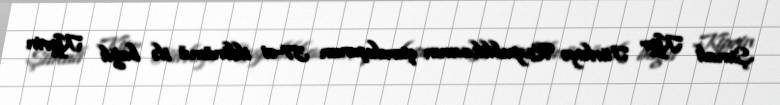
Şimali Kipr Türkiyə Respublikasının quruluşunun 37-ci ildönümü ilə bağlı Kiprin